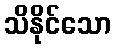
သိနိုင်သော